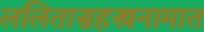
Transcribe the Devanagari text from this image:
ललितासहस्त्रनामात